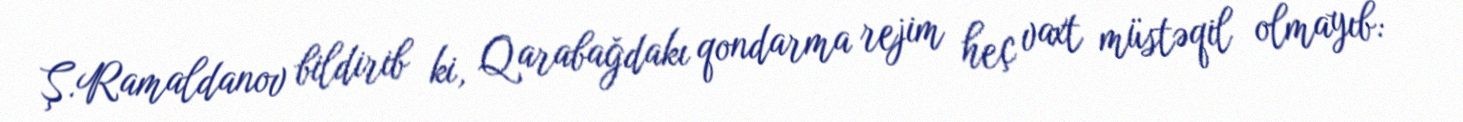
Ş.Ramaldanov bildirib ki, Qarabağdakı qondarma rejim heç vaxt müstəqil olmayıb: